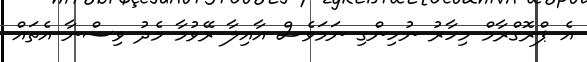
އެ ޕްރޮގްރާމް މިހާރު ނުހިންގި ނަމަވެސް އާއިލާ ރޭވުމާ މެދު ވިސްނާ އެތައް